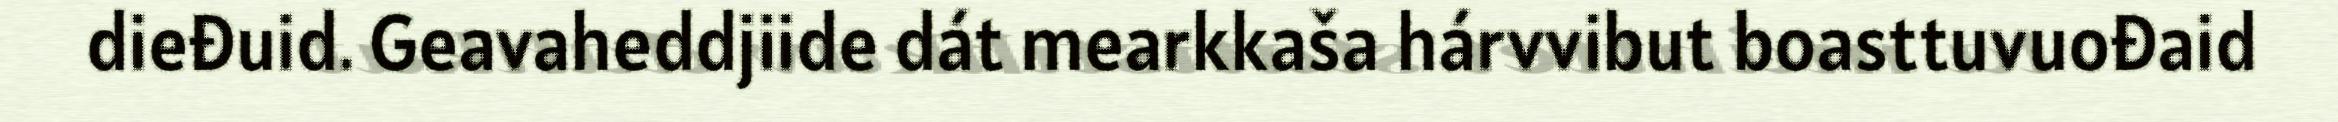
dieđuid. Geavaheddjiide dát mearkkaša hárvvibut boasttuvuođaid